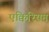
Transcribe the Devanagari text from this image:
एक्विरियम